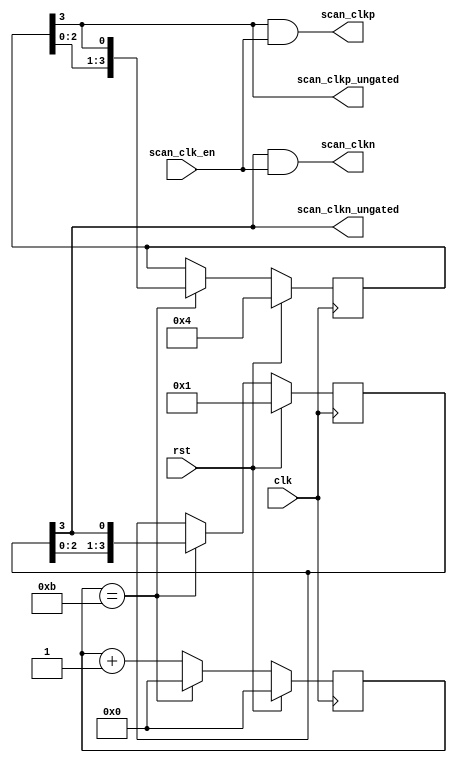
`timescale 1ns / 1ps

// Generates a two-phase scan clock from a reference clock
module scan_clk_gen(        
        // global signals
        clk, 
        rst,        
        // scan clock gating
        scan_clk_en,        
        // gated scan chain clocks
        scan_clkp,
        scan_clkn,
        // ungated scan chain clocks
        scan_clkp_ungated,
        scan_clkn_ungated
    );

	//------------------------------------------------------------------------
	// Parameters
	//------------------------------------------------------------------------    
    // Scan clock generation
    parameter ScanClkDiv                = 48;                   // Divide the scan clock by this
    parameter ScanClkCntWidth           = 10;                   // Width of the scan_clk_cnt counter (must be > log2(ScanClkDiv / 2)
    //------------------------------------------------------------------------    
    
	//------------------------------------------------------------------------
	// I/O
	//------------------------------------------------------------------------
	// Interface with host interface/buffer
    input wire                          clk;		            // input reference clock, should be the same as used to gen. data
    input wire                          rst;				    // global reset signal
    
    // scan clock gating
    input wire                          scan_clk_en;
    // gated scan chain clocks
    output wire                         scan_clkp;
    output wire                         scan_clkn;
    // ungated scan chain clocks    
    output wire                         scan_clkp_ungated;
    output wire                         scan_clkn_ungated;
	//------------------------------------------------------------------------

    //------------------------------------------------------------------------
	// Signals
	//------------------------------------------------------------------------
    reg         [ScanClkCntWidth-1:0]   scan_clk_cnt;
    reg         [3:0]                   scan_clkp_reg;
    reg         [3:0]                   scan_clkn_reg;
	//------------------------------------------------------------------------
    

	//------------------------------------------------------------------------
    //  Assigns
    // ------------------------------------------------------------------------
    assign scan_clkp =                  scan_clkp_ungated & scan_clk_en;
    assign scan_clkn =                  scan_clkn_ungated & scan_clk_en;
    assign scan_clkp_ungated =          scan_clkp_reg[3];
    assign scan_clkn_ungated =          scan_clkn_reg[3];
	//------------------------------------------------------------------------

	//------------------------------------------------------------------------
    //  Scan Clock Generation
	//------------------------------------------------------------------------
	always @(posedge clk) begin
		if (rst)
            scan_clk_cnt <= {ScanClkCntWidth{1'b0}};
        else if (scan_clk_cnt == ScanClkDiv / 4 - 1)
            scan_clk_cnt <= {ScanClkCntWidth{1'b0}};
        else
            scan_clk_cnt <= scan_clk_cnt + 1;
    end

    always @(posedge clk) begin
        if (rst) begin
            scan_clkp_reg <= 4'b0100;
            scan_clkn_reg <= 4'b0001;
        end
        else if (scan_clk_cnt == ScanClkDiv / 4 - 1) begin
            scan_clkp_reg <= {scan_clkp_reg[2:0], scan_clkp_reg[3]};
            scan_clkn_reg <= {scan_clkn_reg[2:0], scan_clkn_reg[3]};
        end        
    end
	//------------------------------------------------------------------------
    
	//------------------------------------------------------------------------
    //  Consistency Check
	//------------------------------------------------------------------------
    `ifdef BEHAVIORAL
    initial begin
        if ((ScanClkDiv == 0) || (ScanClkDiv % 4 !== 0)) begin
            $display("Consistency error: ScanClkDiv must be a multiple of 4 and greater than 0!");
            $finish;
        end    
    end
    `endif
	//------------------------------------------------------------------------
    
endmodule